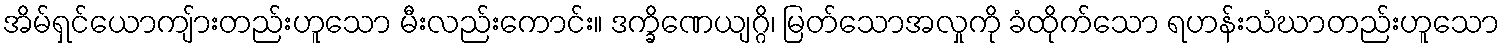
အိမ်ရှင်ယောကျ်ားတည်းဟူသော မီးလည်းကောင်း။ ဒက္ခိဏေယျဂ္ဂိ၊ မြတ်သောအလှုကို ခံထိုက်သော ရဟန်းသံဃာတည်းဟူသော